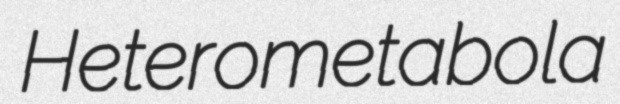
Heterometabola